Calcutta medical institutions reports 1871-78
Year: 1871
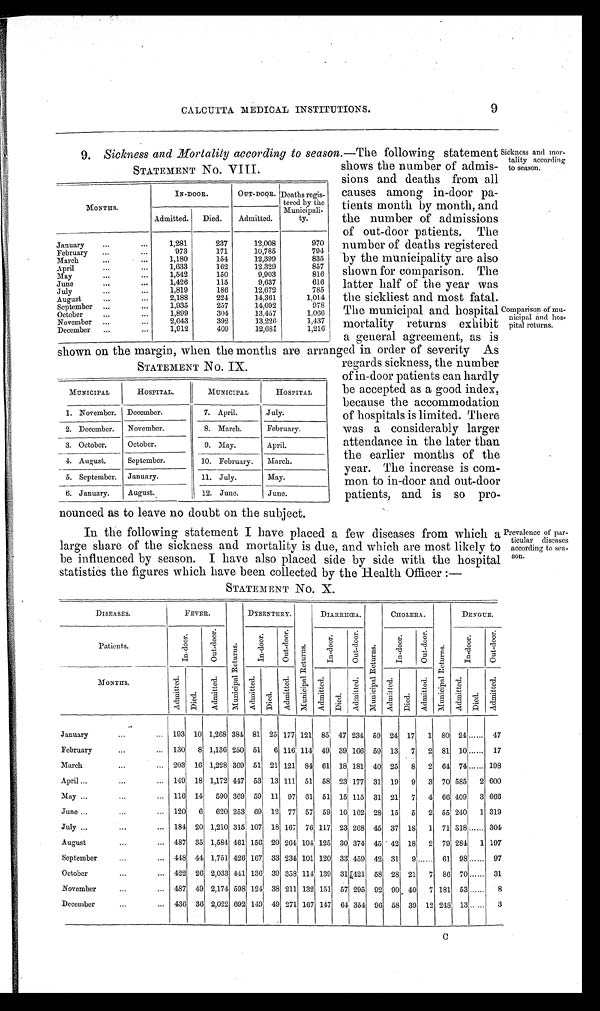
Sickness and mor
- t a l i t y a c c o r d i n g
to season.
Comparison of mu
-nicipal and hos
- p i t a l r e t u r n s .
CALCUTTA MEDICAL INSTITUTIONS. 9
9. Sickness and Mortality according to season.—The following statement
shows the number of admis-
sions and deaths from all
causes among in-door pa-
tients month by month, and
the number of admissions
of out-door patients. The
number of deaths registered
by the municipality are also
shown for comparison. The
latter half of the year was
the sickliest and most fatal.
The municipal and hospital
mortality returns exhibit
a general agreement, as is
shown on the margin, when the months are arranged in order of severity As
regards sickness, the number
of in-door patients can hardly
be accepted as a good index,
because the accommodation
of hospitals is limited. There
was a considerably larger
attendance in the later than
the earlier months of the
year. The increase is com-
mon to in-door and out-door
patients, and is so pro-
nounced as to leave no doubt on the subject.
In the following statement I have placed a few diseases from which a
large share of the sickness and mortality is due, and which are most likely to
be influenced by season. I have also placed side by side with the hospital
statistics the figures which have been collected by the Health Officer:—
STATEMENT No. X.
STATEMENT NO.X. VIII.
MONTHS.
IN-DOOR.
OUT-DOOR. Deaths regis-
tered by the
Municip ali-
ty.
Admitted. Died.
Admitted.
January
1,281
237
12,008
970
February
973
171
10,785
794
March
1,180
154
12,399
835
April
1,633
162
12,329
857
May
1,542
150
9,903
816
June
1,426
115
9,637
616
July
1,819
186
12,672
785
August
2,188
224
14,361
1,014
September
1,935
257
14,092
978
October
1,899
304
13,457
1 , 0 6 6
November
2,043
392
13,226
1,437
December
1,912
409
12,681
1,216
STATEMENT No. IX.
MUNICIPAL
HOSPITAL.
MUNICIPAL
HOSPITAL
1. November. December.
7. April.
July.
2. December. November.
8. March.
February.
3. October.
October.
9. May.
April.
4. August.
September.
10. February. March.
5. September. January.
11. July.
May.
6. January.
August.
12. June.
June.
Prevalence of par
- t i c u l a r d i s e a s e s
according to sea
-son.
DISEASES.
FEVER.
M u n i c i p a l R e t u r n s .
DYSENTERY.
M u n i c i p a l R e t u r n s .
DIARRHŒA.
CHOLERA.
M u n i c i p a l R e t u r n s .
DENGUE.
Patients.
I n- door .
Ou t - d o o r .
I n- door .
Ou t - d o o r .
I n- door .
Ou t - d o o r .
I n- door .
Ou t - d o o r .
I n- door .
Ou t - d o o r .
MONTHS.
Admitted.
Died.
A d m i t t e d .
Admi t t e d.
Died.
A d mi t t e d .
Admitted.
Di e d .
Ad mi t t e d .
M u n i c i p a l R e t u r n s .
A d mi t t e d .
Died.
A d m i t t e d . A d m i t t e d .
Admi t t ed. Di ed. Ad mi t t e d .
January
193 10 1,268 384 81 25 177 121 85 47 234 59 24 17 1 80 24 ...... 47
February
130 8 1,136 250 51 6 116 114 49 39 166 59 13 7 2 81 10 ...... 17
March
203 16 1,228 369 51 21 121 84 61 18 181 40 25 8 2 64 74 ...... 198
April
149 18 1,172 447 53 13 111 51 58 23 177 31 19 9 3 70 585 2 600
May
116 14 590 369 59 11 97 61 51 15 115 31 21 7 4 66 409 3 666
June
120 6 620 253 69 12 77 57 59 10 162 28 15 5 2 55 240 1 319
July
184 20 1,210 315 107 18 167 76 117 23 268 45 37 18 1 71 318 ...... 304
August
487 35 1,584 461 156 20
2 6 4 104 125 30 374 45 42 18 2 79 284 1 197
September
448 44 1,751 426 167 33 234 101 120 33 459 42 31
9 ...... 61 98 ....... 97
October
422 26 2,033 441 136 39 358 114 139 31
4 2 1 58 28 21 7
8 6 70 ...... 31
November
487 49 2,174 598 124 38 211 132 151 57 295 92 90 40 7 181 53 ...... 8
December
436 36 2,022 692 149 49 271 167 147 64 354 96 58 39 12 248 13 ...... 3
C